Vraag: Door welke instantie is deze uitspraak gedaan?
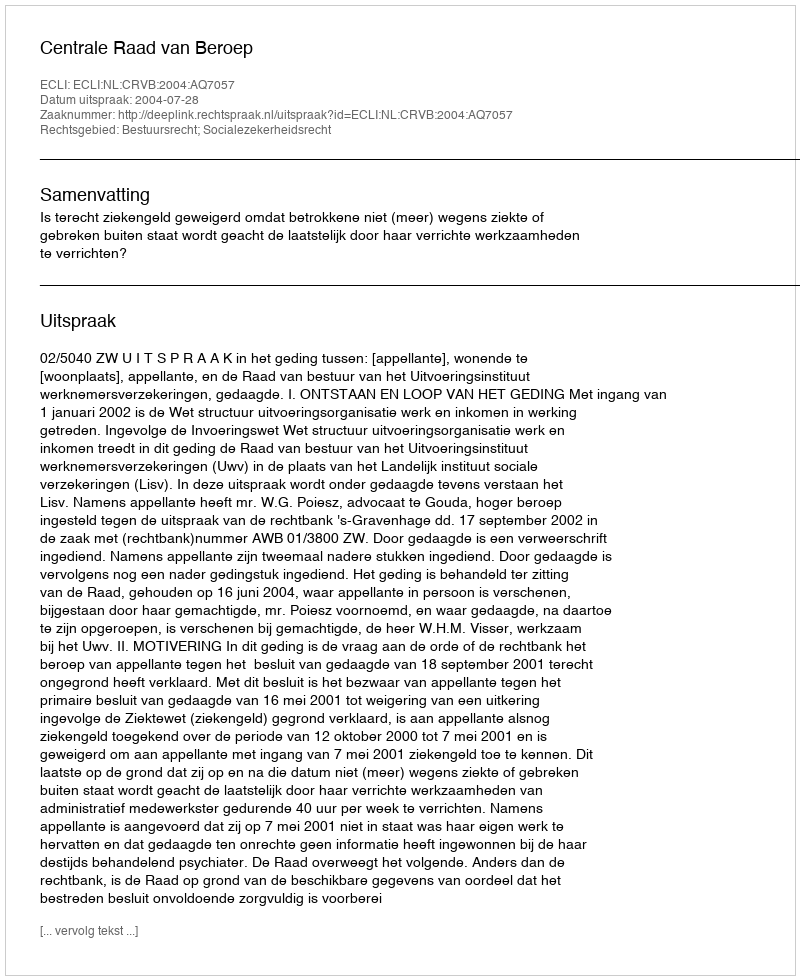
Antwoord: Centrale Raad van Beroep